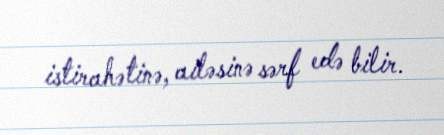
istirahətinə, ailəsinə sərf edə bilir.